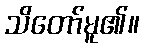
သိတော်မူ၏။